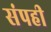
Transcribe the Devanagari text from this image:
संपही